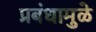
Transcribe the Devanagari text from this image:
प्रबंधामुळे